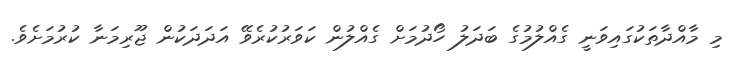
މި މާއްދާތަކުގައިވަނީ ގެއްލުމުގެ ބަދަލު ހޯދުމަށް ގެއްލުން ކަވަރުކުރެވޭ އަދަދަކުން ޖޫރިމަނާ ކުރުމަށެވެ.